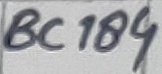
Text: BC184